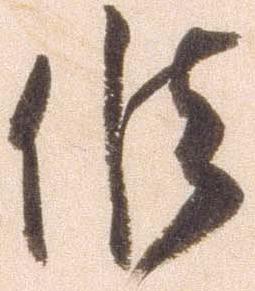
候